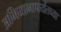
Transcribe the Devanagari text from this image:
अभियानापर्यंतच्या